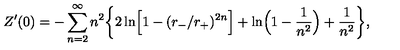
Z ^ { \prime } ( 0 ) = - \sum _ { n = 2 } ^ { \infty } n ^ { 2 } \biggr \{ 2 \ln \Bigr [ 1 - ( r _ { - } / r _ { + } ) ^ { 2 n } \Bigr ] + \ln \Bigr ( 1 - { \frac { 1 } { n ^ { 2 } } } \Bigr ) + { \frac { 1 } { n ^ { 2 } } } \biggr \} ,